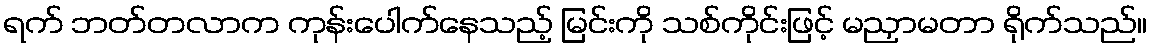
ရက် ဘတ်တလာက ကုန်းပေါက်နေသည့် မြင်းကို သစ်ကိုင်းဖြင့် မညှာမတာ ရိုက်သည်။